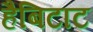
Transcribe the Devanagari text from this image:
हैबिटाट